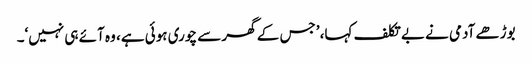
بوڑھے آدمی نے بے تکلف کہا، ’جس کے گھر سے چوری ہوئی ہے، وہ آئے ہی نہیں‘۔